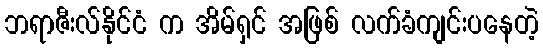
ဘရာဇီးလ်နိုင်ငံ က အိမ်ရှင် အဖြစ် လက်ခံကျင်းပနေတဲ့